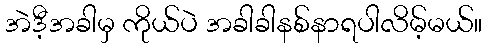
အဲဒီ့အခါမှ ကိုယ်ပဲ အခါခါနစ်နာရပါလိမ့်မယ်။